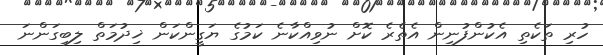
ހުރި ތަކެތި އެކުންފުނިން އެތެރެ ކޮށް ނުވިއްކާނެ ކަމުގެ ޔަގީންކަން ޚިދުމަތް ލިބިގަންނަ